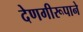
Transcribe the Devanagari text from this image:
देणगीरूपाने